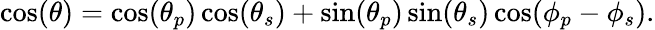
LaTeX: \cos(\theta)=\cos(\theta_{p})\cos(\theta_{s})+\sin(\theta_{p})\sin(\theta_{s})\cos(\phi_{p}-\phi_{s}).